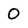
Character: 0